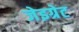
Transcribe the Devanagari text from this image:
जेइग्रेट